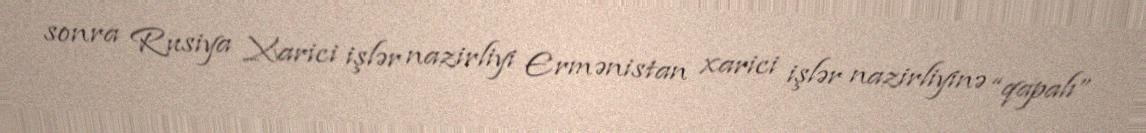
sonra Rusiya Xarici işlər nazirliyi Ermənistan xarici işlər nazirliyinə “qapalı”